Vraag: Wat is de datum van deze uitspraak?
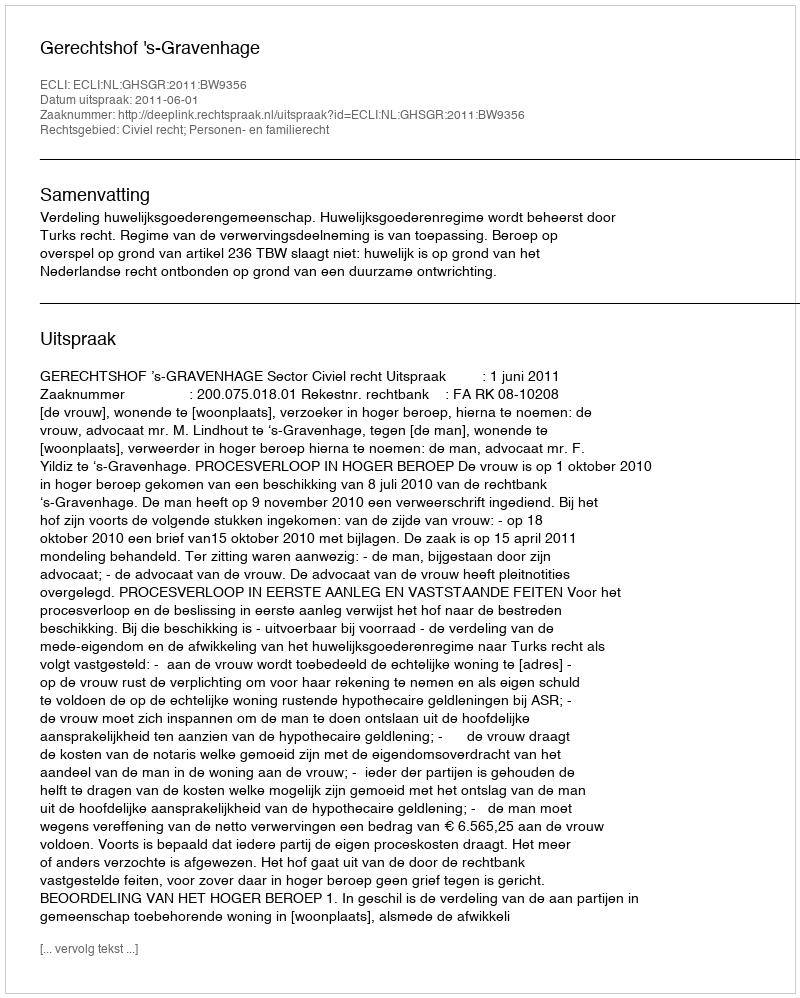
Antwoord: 2011-06-01